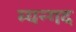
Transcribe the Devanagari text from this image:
म्यन्गद